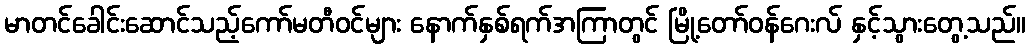
မာတင်ခေါင်းဆောင်သည့်ကော်မတီဝင်များ နောက်နှစ်ရက်အကြာတွင် မြို့တော်ဝန်ဂေးလ် နှင့်သွားတွေ့သည်။